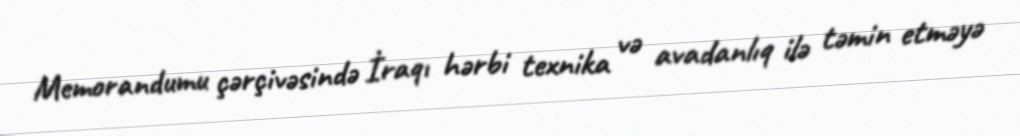
Memorandumu çərçivəsində İraqı hərbi texnika və avadanlıq ilə təmin etməyə